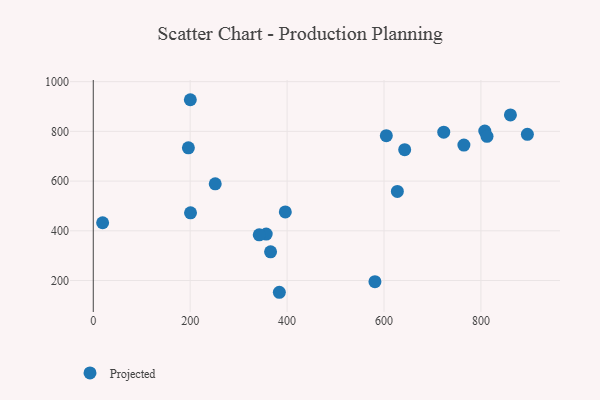
{"axis": {"x": "Speed", "y": "Fuel Efficiency"}, "legend": ["Projected"], "data": [{"x": "764.9", "y": 744.8, "type": "Projected"}, {"x": "200.7", "y": 472.4, "type": "Projected"}, {"x": "581.3", "y": 195.2, "type": "Projected"}, {"x": "356.9", "y": 387.0, "type": "Projected"}, {"x": "642.7", "y": 726.5, "type": "Projected"}, {"x": "808.0", "y": 801.0, "type": "Projected"}, {"x": "604.8", "y": 782.5, "type": "Projected"}, {"x": "860.9", "y": 866.1, "type": "Projected"}, {"x": "627.6", "y": 558.4, "type": "Projected"}, {"x": "384.0", "y": 152.7, "type": "Projected"}, {"x": "723.3", "y": 796.8, "type": "Projected"}, {"x": "812.6", "y": 780.0, "type": "Projected"}, {"x": "895.9", "y": 788.0, "type": "Projected"}, {"x": "365.9", "y": 315.5, "type": "Projected"}, {"x": "200.3", "y": 927.3, "type": "Projected"}, {"x": "396.3", "y": 476.1, "type": "Projected"}, {"x": "251.7", "y": 589.1, "type": "Projected"}, {"x": "342.5", "y": 384.0, "type": "Projected"}, {"x": "196.3", "y": 733.8, "type": "Projected"}, {"x": "19.3", "y": 432.3, "type": "Projected"}]}